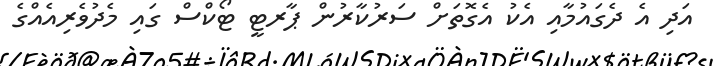
އަދި އެ ދެގައުމާއި އެކު އެގޮތަށް ސަރުކާރުން ޕާރޓީ ޓޯކްސް ގައި މެދުވެރިއެއްގެ